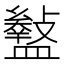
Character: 𥃎